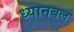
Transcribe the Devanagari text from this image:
ध्यानबल